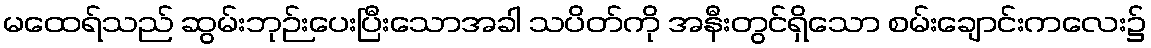
မထေရ်သည် ဆွမ်းဘုဉ်းပေးပြီးသောအခါ သပိတ်ကို အနီးတွင်ရှိသော စမ်းချောင်းကလေး၌